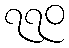
၇၇၀